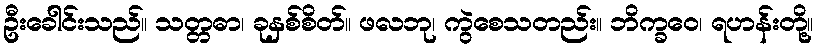
ဦးခေါင်းသည်။ သတ္တဓာ၊ ခုနှစ်စိတ်။ ဖလဘု၊ ကွဲစေသတည်း။ ဘိက္ခဝေ၊ ရဟန်းတို့။